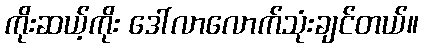
ကိုးဆယ့်ကိုး ဒေါ်လာလောက်သုံးချင်တယ်။